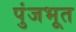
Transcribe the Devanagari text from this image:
पुंजभूत